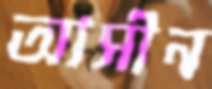
আসীন